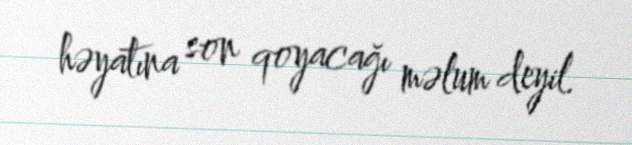
həyatına son qoyacağı məlum deyil.